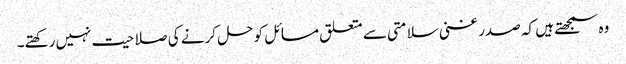
وہ سمجھتے ہیں کہ صدر غنی سلامتی سے متعلق مسائل کو حل کرنے کی صلاحیت نہیں رکھتے۔